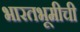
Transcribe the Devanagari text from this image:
भारतभूमीची